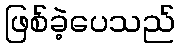
ဖြစ်ခဲ့ပေသည်